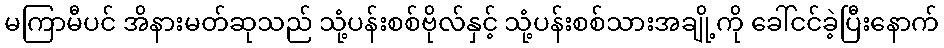
မကြာမီပင် အိနားမတ်ဆုသည် သုံ့ပန်းစစ်ဗိုလ်နှင့် သုံ့ပန်းစစ်သားအချို့ကို ခေါ်ငင်ခဲ့ပြီးနောက်